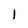
Character: l